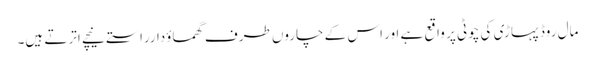
مال روڈ پہاڑی کی چوٹی پر واقع ہے اور اس کے چاروں طرف گھماوٴدارراستے نیچے اترتے ہیں۔